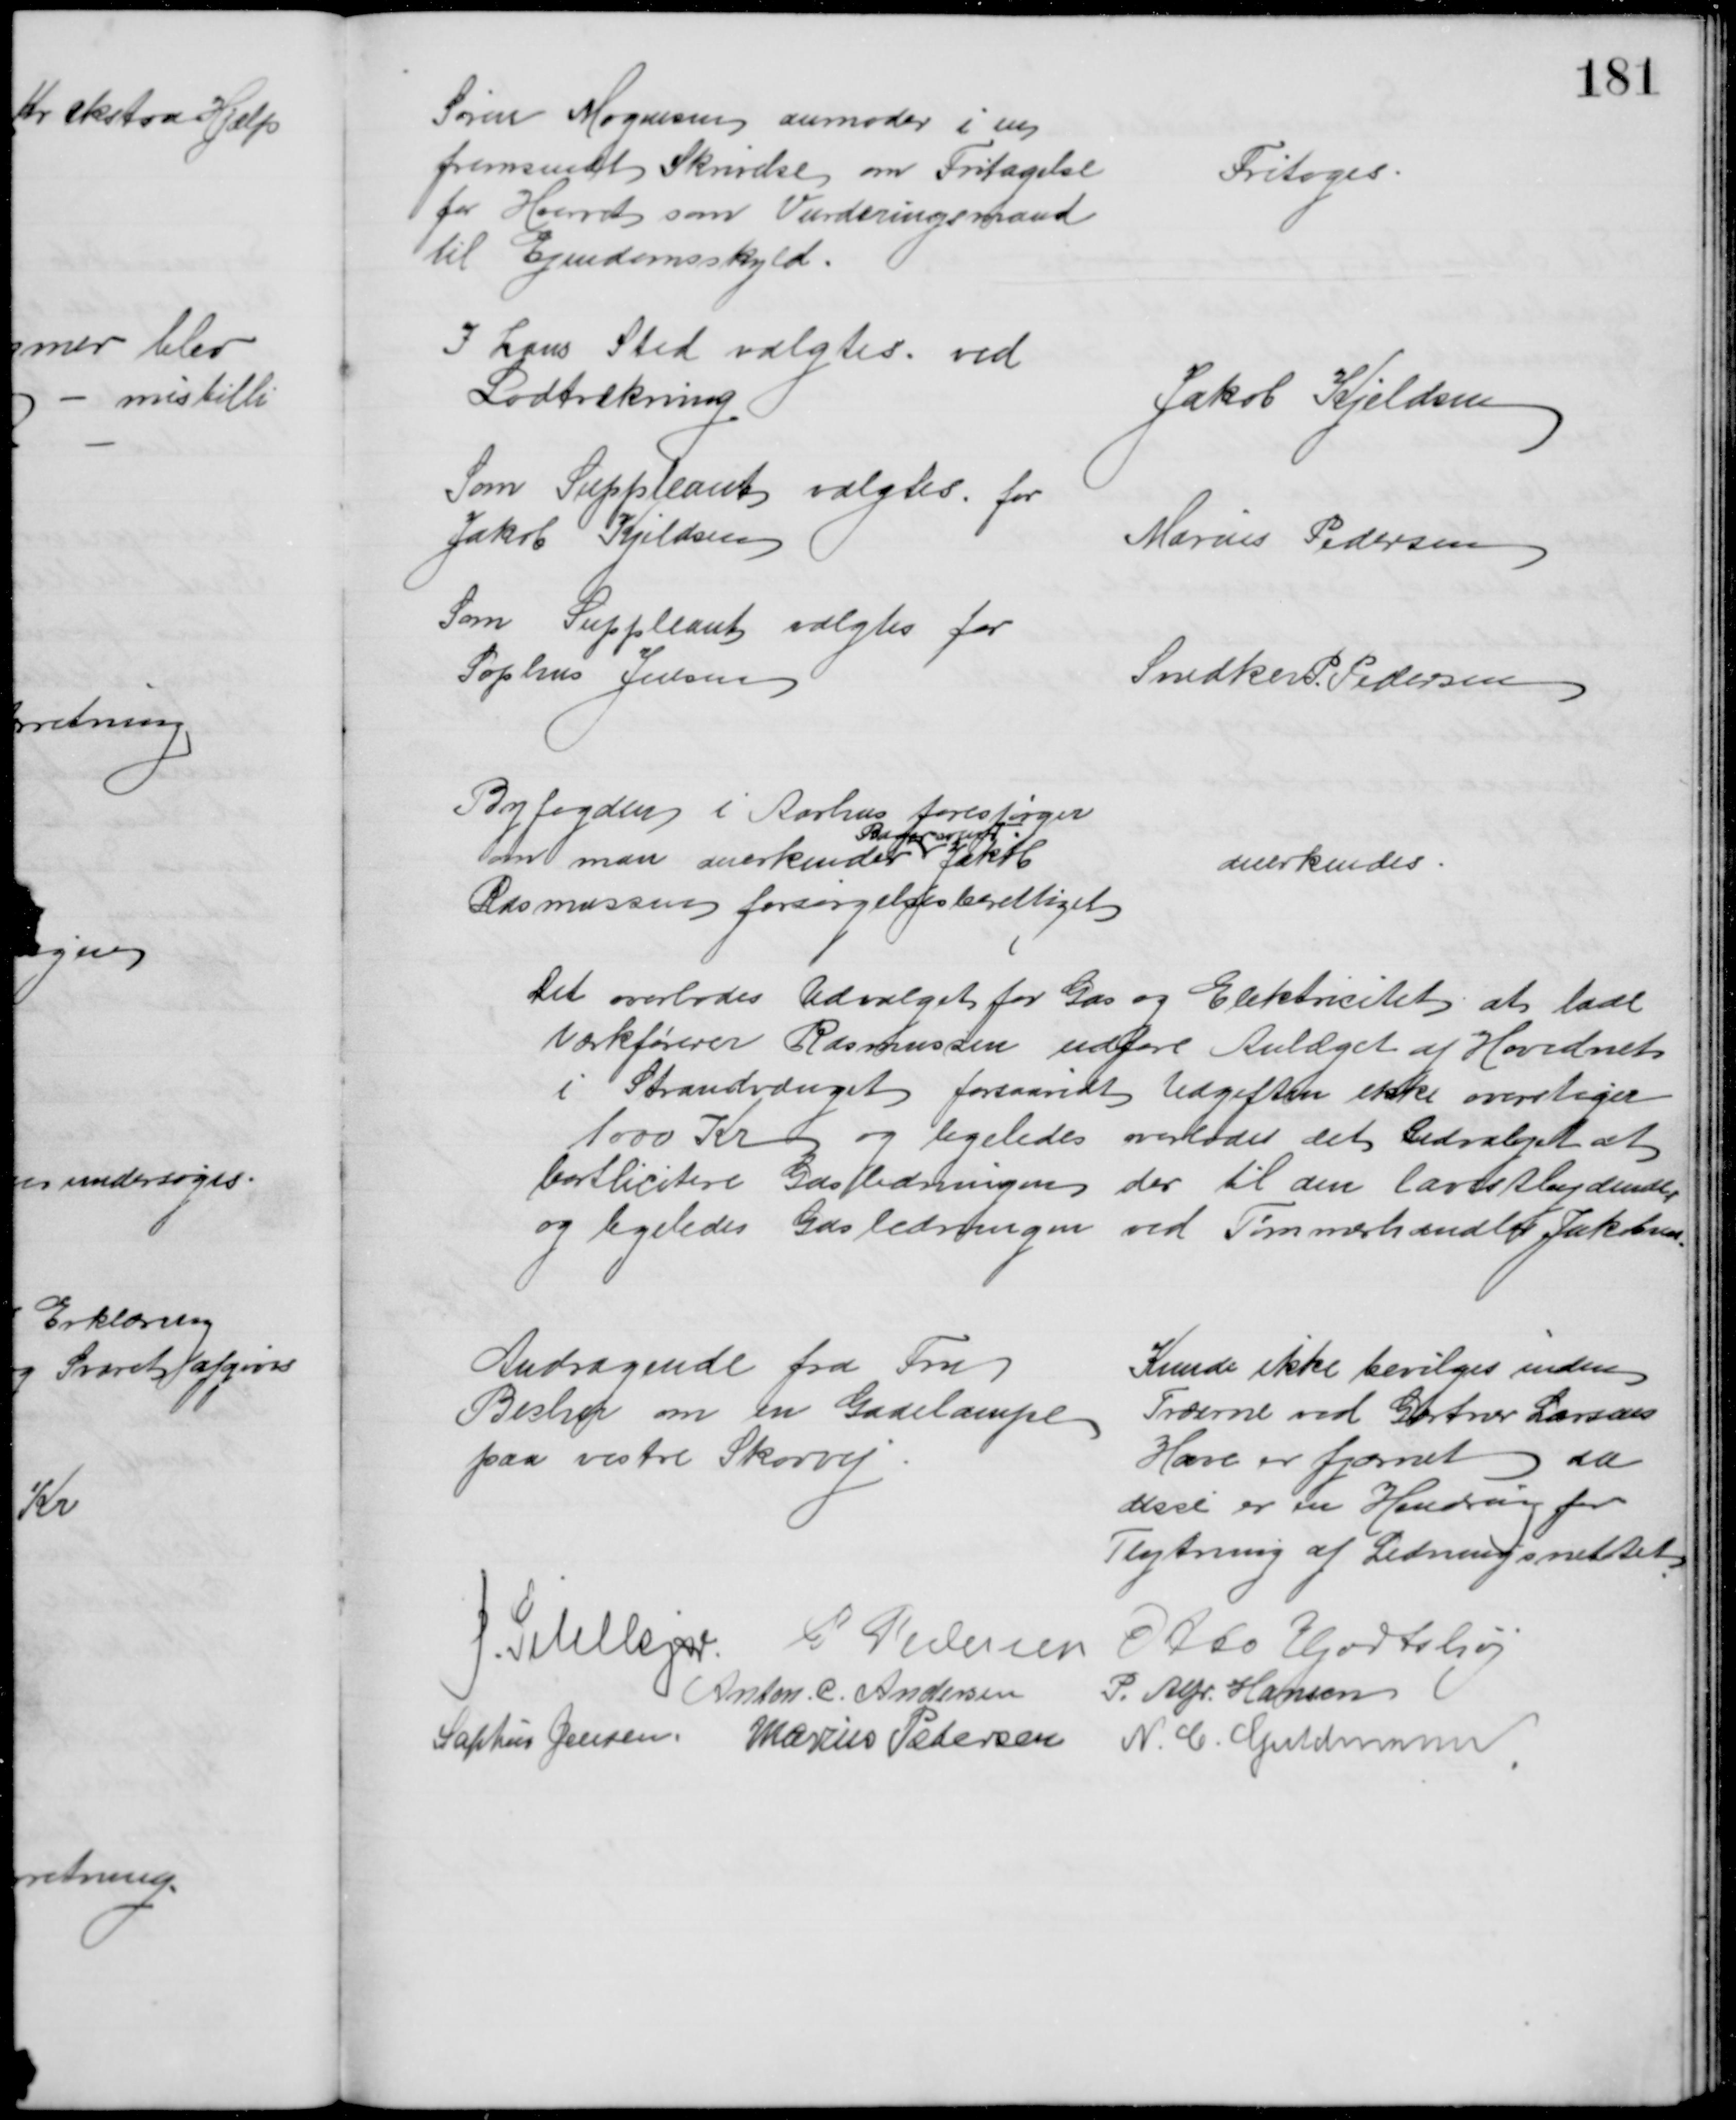
Transskription:
Søren Mogensen anmoder i en
fremsendt Skrivelse om Fritagelse
for Hvervet som Vurderingsmand
til Ejendomsskyld.
Fritoges.
I hans Sted valgtes. ved
Lodtrækning
Jakob Kjeldsen
Som Suppleant valgtes for
Jakob Kjeldsen
Marius Pedersen
Som Suppleant valgtes for
Sophus Jensen
Snedker P. Pedersen
Byfogden i Aarhus forespørger
om man anerkender 
Bagersvend
Jakob
Rasmussen forsørgelsesberettiget
anerkendes.
Det overlodes Udvalget for Gas og Elektricitet at lade 
Værkførerer Rasmussen udføre Anlæget af Hovednet
i Strandvænget forsaavidt Udgiften ikke overstiger 
1000 Kr og ligeledes overlodes det Udvalget at
bortlicitere Gasledningen der til den lavestbydende
og ligeledes Gasledningen ved Tømmerhandler Jakobsen.
Andragende fra Fru
Becher om en Gadelampe
paa vestre Skovvej
Kunde ikke bevilges inden
Træerne ved Gartner Larsens
Have er fjærnet da
disse er en Hindring for
Flytning af Ledningsnettet
J. Pihlkjær P Pedersen
Otto Hjortshøj
Anton. C. Andersen
P. Alfr. Hansen
Sophus Jensen Marius Pedersen
N. C. Guldmann